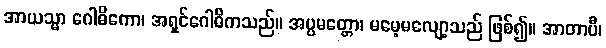
အာယသ္မာ ဂေါဓိကော၊ အရှင်ဂေါဓိကသည်။ အပ္ပမတ္တော၊ မမေ့မလျော့သည် ဖြစ်၍။ အာတာပီ၊